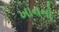
ખાનનો